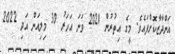
އަންދާޒާކޮށްފައެވެ. މީގެ އިތުރުން 2021 ވަނަ އަހަރު 30 މިލިއަން އަދި 2022